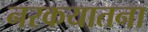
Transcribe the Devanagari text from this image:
नरकयातना